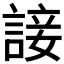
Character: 𧩕